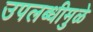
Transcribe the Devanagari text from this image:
उपलब्धीमुळे